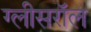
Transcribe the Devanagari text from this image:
ग्लीसरॉल